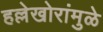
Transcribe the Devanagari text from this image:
हल्लेखोरांमुळे